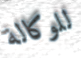
للوكالة